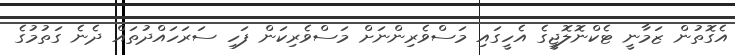
އެގޮތުން ޒަމާނީ ޓެކްނޮލޮޖީގެ އެހީގައި މަސްވެރިންނަށް މަސްވެރިކަން ފަހި ސަރަހައްދުތައް ދެނެ ގަތުމުގެ